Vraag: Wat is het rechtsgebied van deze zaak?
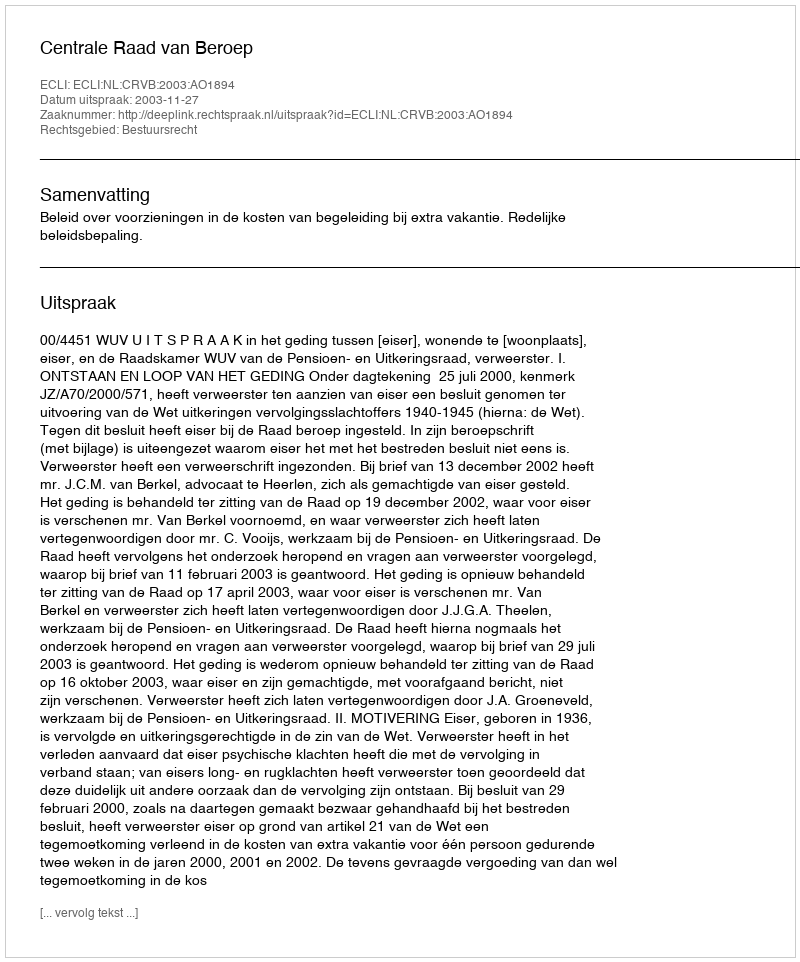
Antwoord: Bestuursrecht